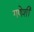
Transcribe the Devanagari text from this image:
गणेशी